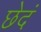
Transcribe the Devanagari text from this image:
छेदं